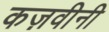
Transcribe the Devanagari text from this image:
कज़वीनी